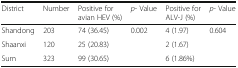
<table><thead><tr><td><b>District</b></td><td><b>Number</b></td><td><b>Positive for avian HEV (%)</b></td><td><b><i>p</i>- Value</b></td><td><b>Positive for ALV-J (%)</b></td><td><b><i>p</i>- Value</b></td></tr></thead><tbody><tr><td>Shandong</td><td>203</td><td>74 (36.45)</td><td rowspan="2">0.002</td><td>4 (1.97)</td><td rowspan="2">0.604</td></tr><tr><td>Shaanxi</td><td>120</td><td>25 (20.83)</td><td>2 (1.67)</td></tr><tr><td>Sum</td><td>323</td><td colspan="2">99 (30.65)</td><td colspan="2">6 (1.86%)</td></tr></tbody></table>